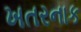
ખતરનાક